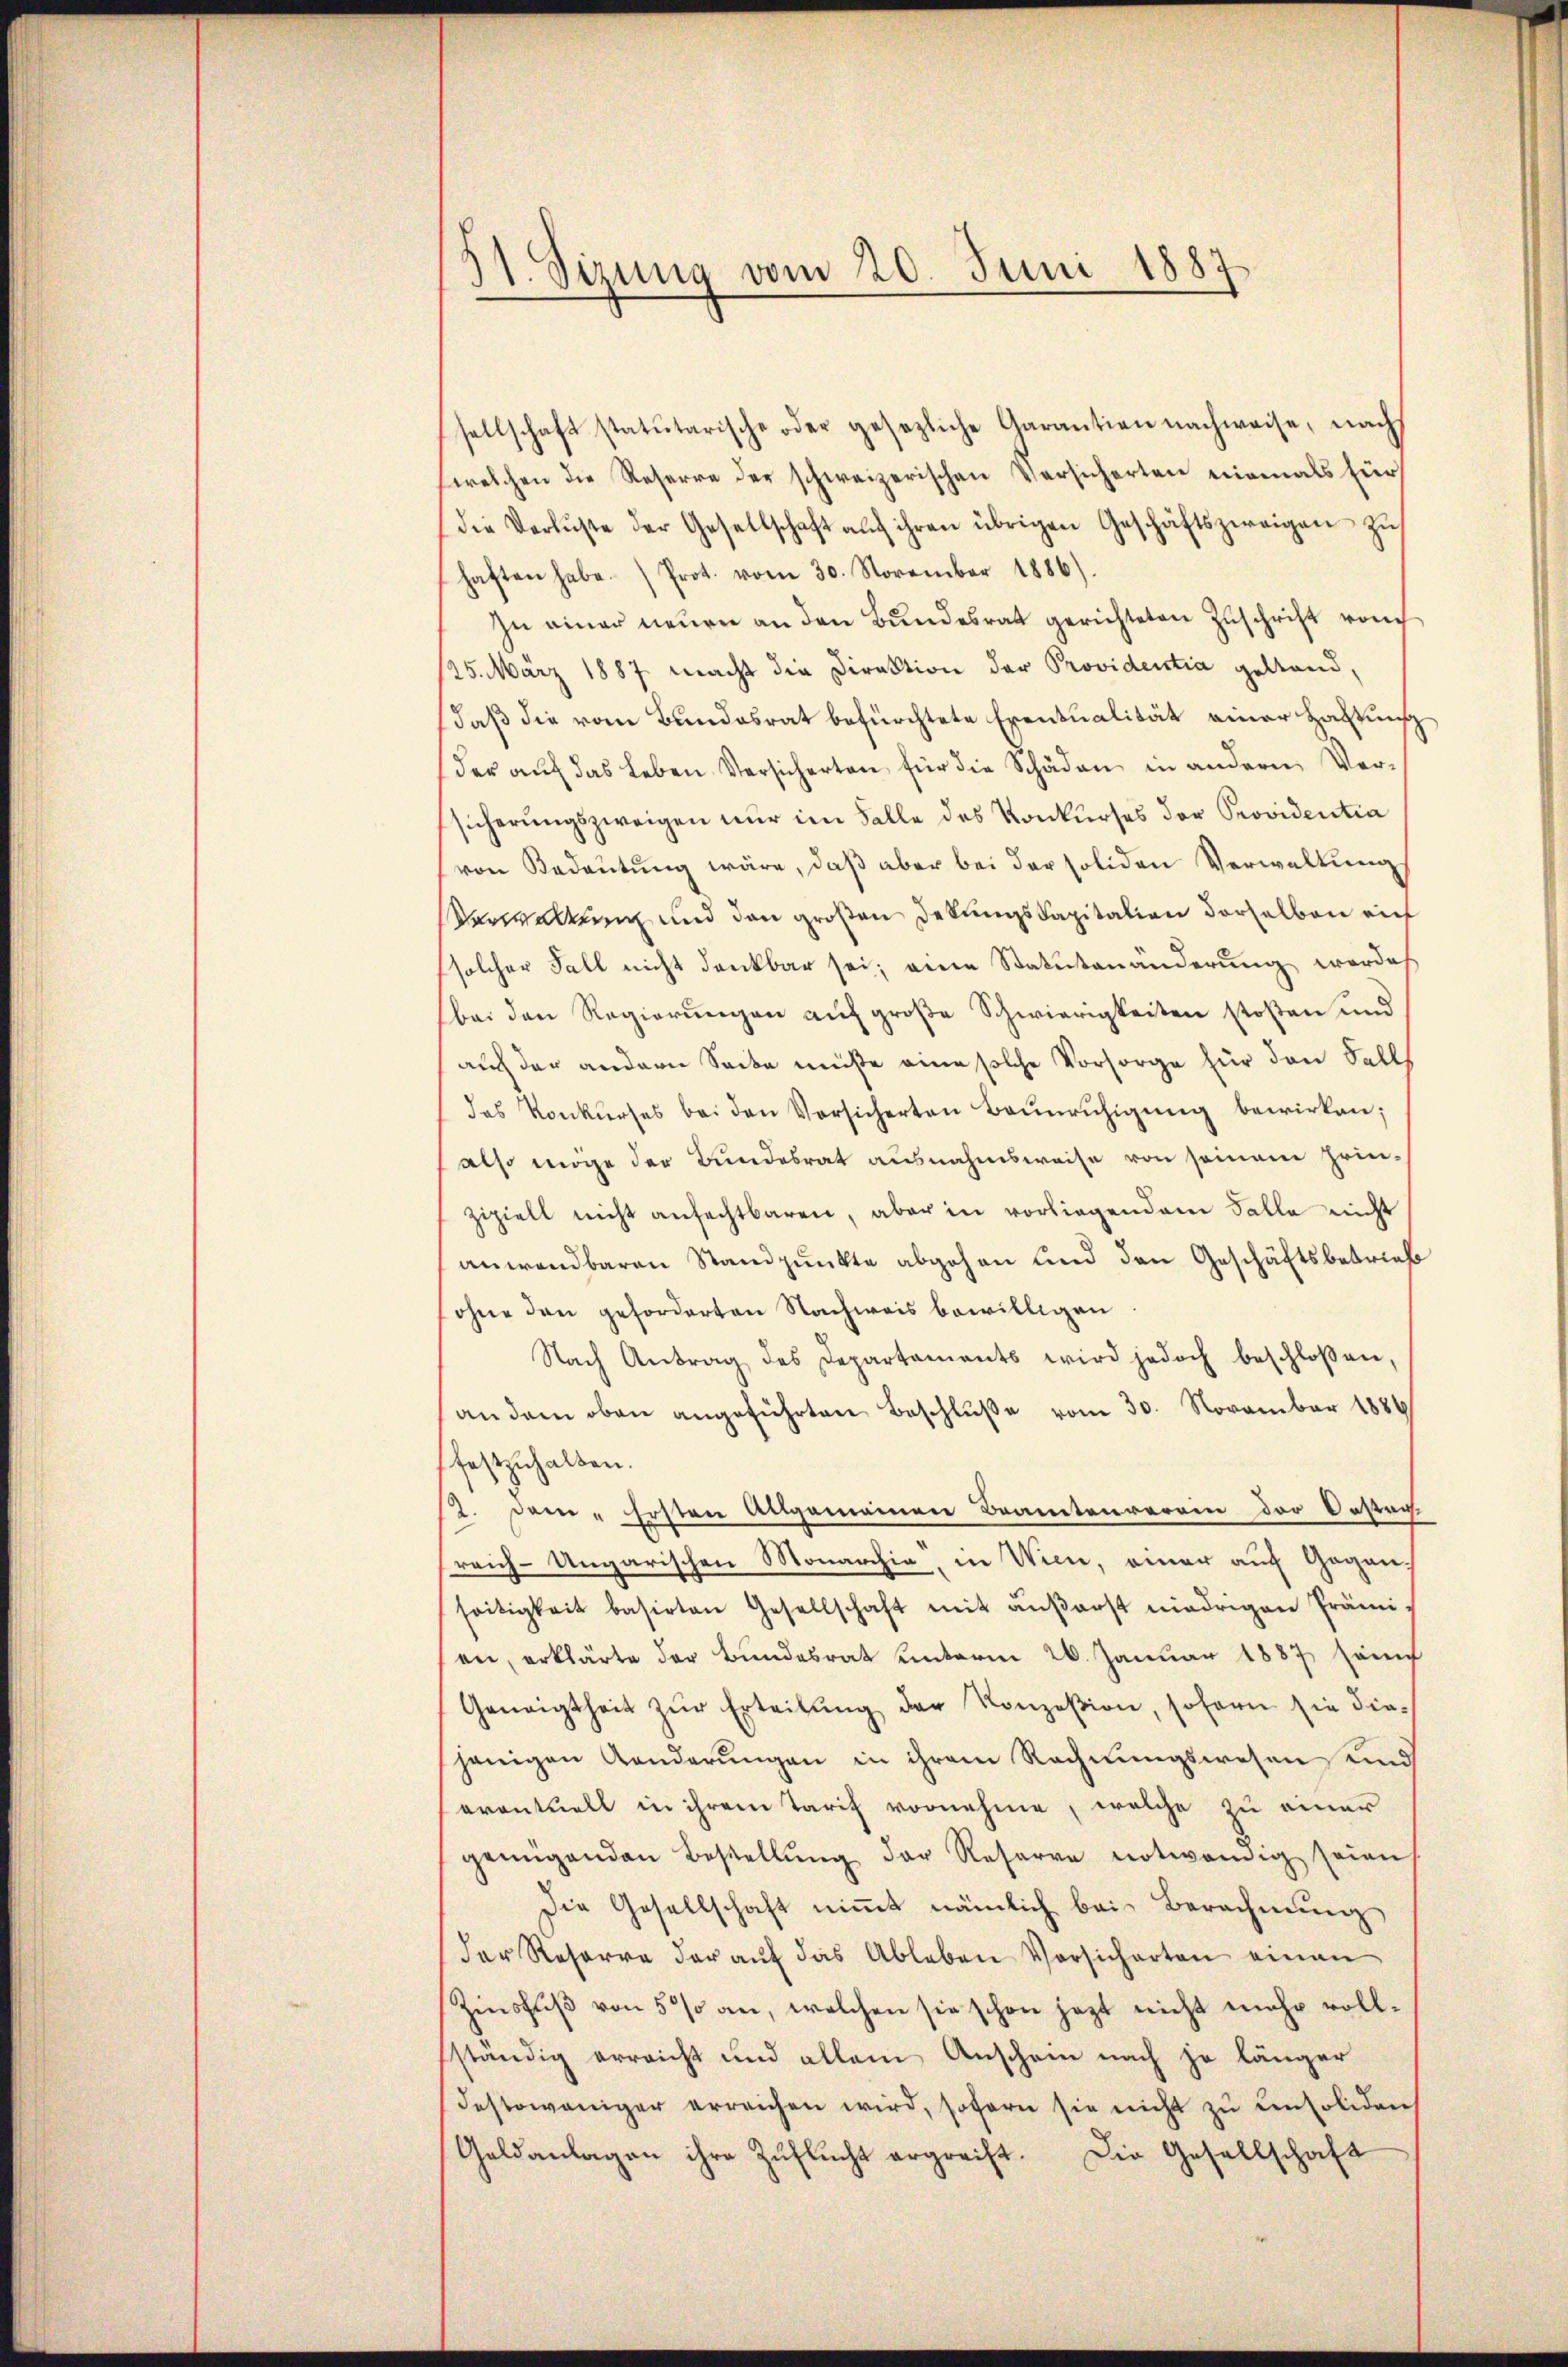
31. Sizung vom 20. Juni 1887

sellschaft statutarische oder gesezliche Garantien nachweise, nach
welchen die Reserre der schweizerischen Versicherten niemals für
die Verluste der Gesellschaft aŭf ihren übrigen Geschäftszweigen zŭ
haften habe.) Prot. vom 30. November 1886).
In einer neuen an den Bundesrat gerichteten Zuschrift von
125. März 1887 macht die Direktion der Providentia gestand,
daß die vom Bundesrat befürchtete Eventualität einer Haftung
der aŭf das Leben Versicherten für die Schäden in andern Ver-
sicherŭngszweigen nur im Falle des Konkurses der Providentia
von Bedeŭtŭng wäre, daβ aber bei der soliden Verwaltŭng
Verwaltung und den großen Dekŭngskapitalien derselben auf
solcher Fall nicht dankbar sei; eine Statutenänderung wordes
bei den Regierungen auf große Schwierigkeiten stoßen und
auch der andern Secke müße eine solche Vorsorge für den Falls
das Konkurses bei den Vorsicherten Baŭnrŭhigŭng bewirken;
also möge der Bundesrat ausnahmsweise von seinem Prin-
zipiell nicht anfechtbaren, aber in vorliegendem Falle nicht
anwendbaren Standpunkte abgehen und den Geschäftsbetrieb
ohne den geforderten Nachweis bewilligen
Nach Antrag des Departements wird jedoch beschloßen,
an dem oben angeführten Beschluße vom 30. November 1886
festzuhalten.
12. Dem Ersten Allgemeinen Beamtenverein der Oestan
reich-Ungarischen Monarchia, in Wien, einer auf Gegenseitigkeit basirten Gesellschaft mit aŭβerst niedrigen Prämien, erklärte der Bundesrat unterm 26. Januar 1887, sauf
Geneigtheit zŭr Erteilŭng der Konzesion, sofern sie diejenigen Aenderungen in ihrem Rechnungswesen und
eventuell in ihrem Tarif vornehme, welche zu einer
genügenden Bestellŭng der Reserve notwendig seien
Die Gesellschaft niṁt nämlich bei Berechnŭng
Der Resorre der aŭf das Ableben Vorsicherten einen
Zinsfuß von 5% an, welchen sie schon jezt nicht mehr vollsständig erreicht und allein Anschein nach je länger
destoweniger erreichen wird, sofern sie nicht zu unsolidenh
Geldanlagen ihre Zŭflŭcht ergreift. Die Gesellschaft